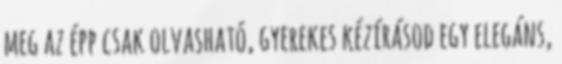
meg az épp csak olvasható, gyerekes kézírásod egy elegáns,